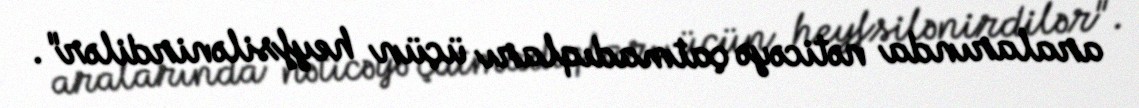
aralarında nəticəyə çatmadıqları üçün heyfsilənirdilər".